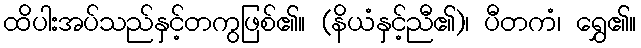
ထိပါးအပ်သည်နှင့်တကွဖြစ်၏။ (နိယံနှင့်ညီ၏)၊ ပီတကံ၊ ရွှေ၏။